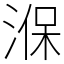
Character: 湺